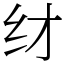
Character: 䌶